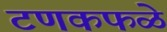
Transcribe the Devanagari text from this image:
टणकफळे